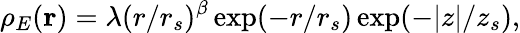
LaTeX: \rho_{E}(\mathbf{r})=\lambda(r/r_{s})^{\beta}\exp(-r/r_{s})\exp(-\vert z\vert/z_{s}),